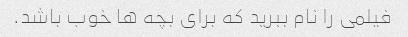
فیلمی را نام ببرید که برای بچه ها خوب باشد.